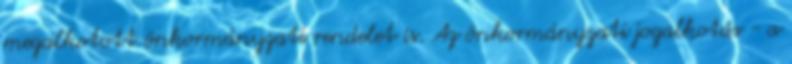
megalkotott önkormányzati rendelet is. Az önkormányzati jogalkotás - a